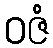
ဝဇံ